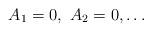
LaTeX: \begin{align*} A_1=0,~A_2=0,\dots \end{align*}